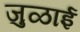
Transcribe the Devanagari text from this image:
जुळाई